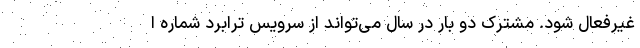
غیرفعال شود. مشترک دو بار در سال می‌تواند از سرویس ترابرد شماره ا